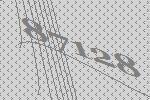
87128